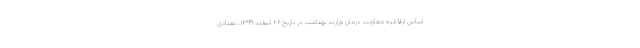
اساس ابلاغیه معاونت درمان وزارت بهداشت در تاریخ ۲۶ اسفند ۱۳۹۹، تعدادی